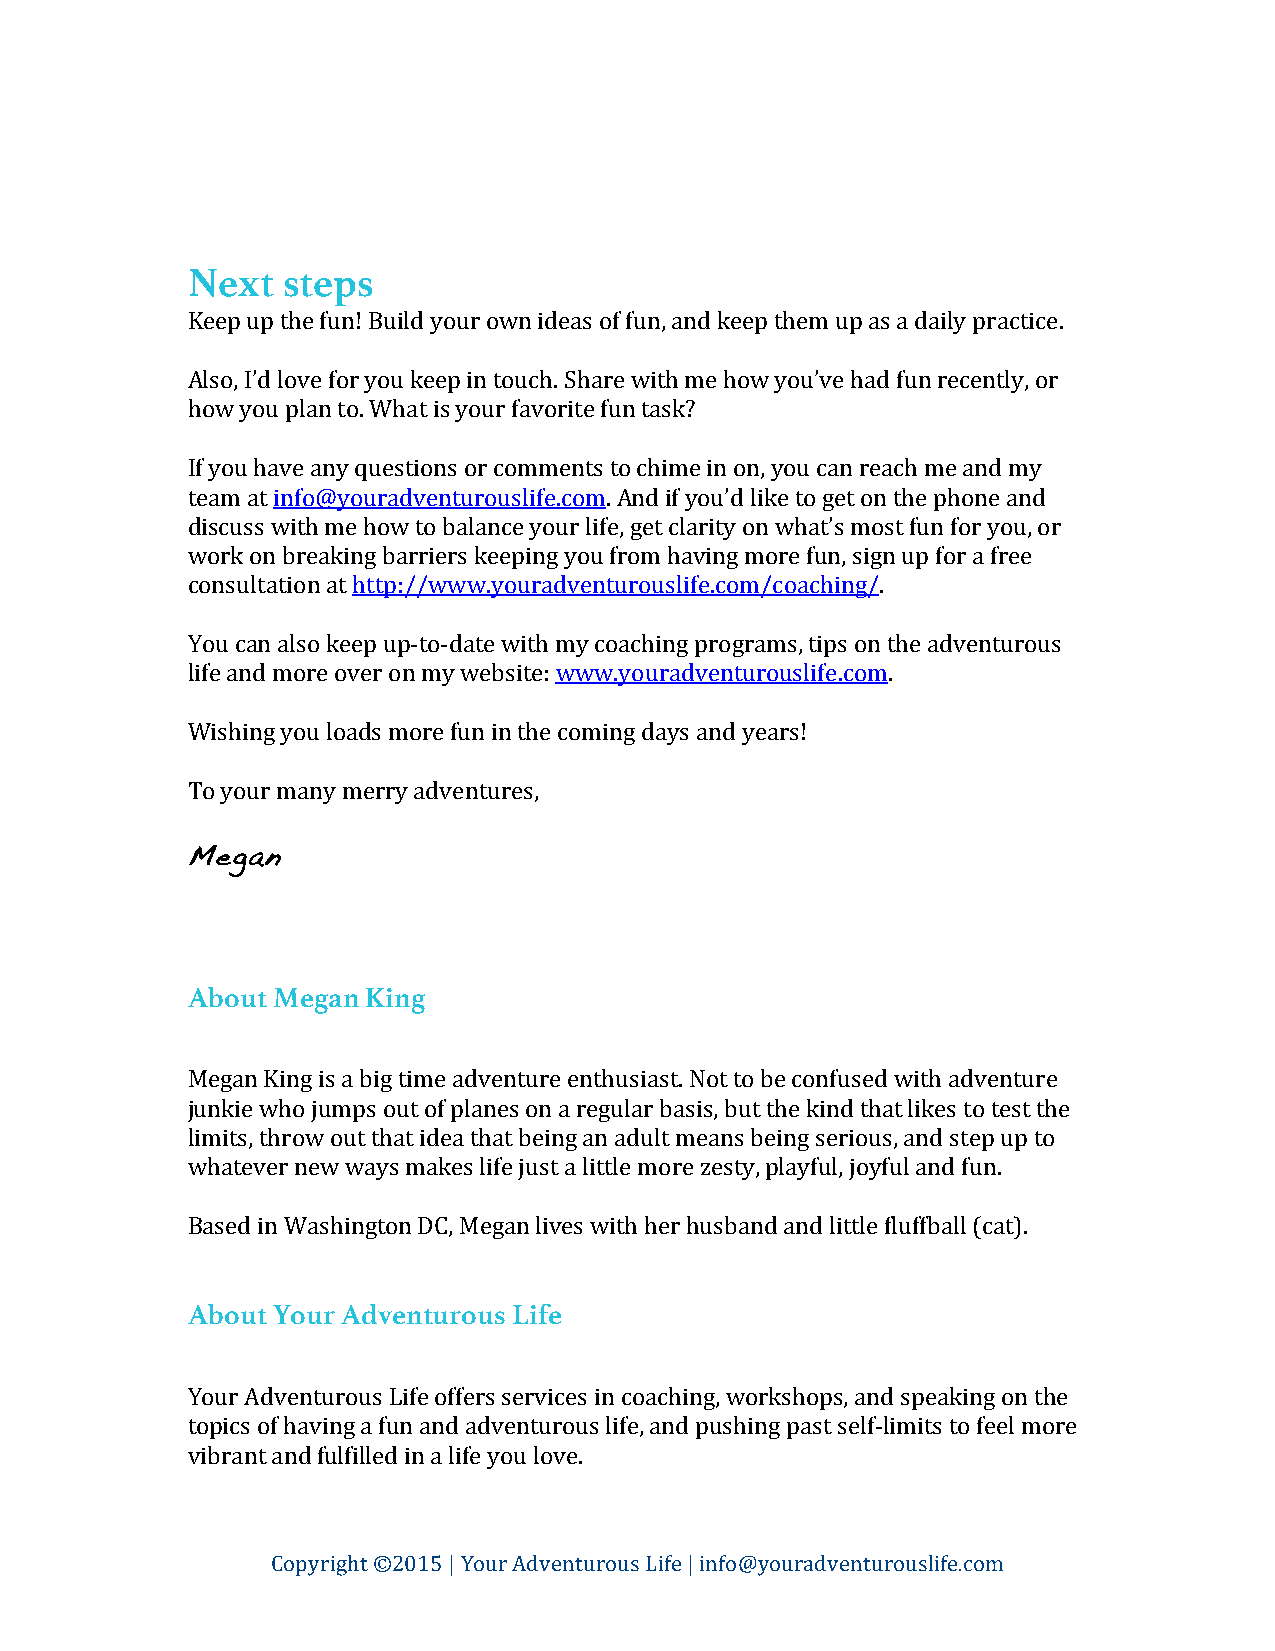
Next   steps
 Keep up the fun! Build your own ideas of fun, and keep them up as a daily practice.
 Also, I’d love for you keep in touch. Share with me how you’ve had fun recently, or
 how you plan to. What is your favorite fun task?
 If you have any questions or comments to chime in on, you can reach me and my
 team at info@youradventurouslife.com. And if you’d like to get on the phone and
 discuss with me how to balance your life, get clarity on what’s most fun for you, or
 work on breaking barriers keeping you from having more fun, sign up for a free
 consultation at http://www.youradventurouslife.com/coaching/.
 You can also keep up-­‐to-­‐date with my coaching programs, tips on the adventurous
 life and more over on my website: www.youradventurouslife.com.
 Wishing you loads more fun in the coming days and years!
 To your many merry adventures,
 Megan
 About Megan King
 Megan King is a big time adventure enthusiast. Not to be confused with adventure
 junkie who jumps out of planes on a regular basis, but the kind that likes to test the
 limits, throw out that idea that being an adult means being serious, and step up to
 whatever new ways makes life just a little more zesty, playful, joyful and fun.
 Based in Washington DC, Megan lives with her husband and little fluffball (cat).
 About Your Adventurous Life
 Your Adventurous Life offers services in coaching, workshops, and speaking on the
 topics of having a fun and adventurous life, and pushing past self-­‐limits to feel more
 vibrant and fulfilled in a life you love.
 Copyright ©2015 | Your Adventurous Life | info@youradventurouslife.com